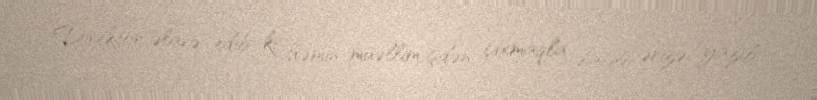
Direktor əlavə edib ki, həmin müəllim işdən çıxmaqla bağlı ərizə yazıb.